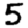
Digit: 5